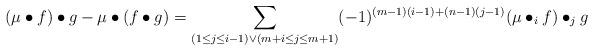
LaTeX: \begin{align*}(\mu \bullet f) \bullet g - \mu \bullet ( f \bullet g ) = \sum_{(1 \leq j \leq i-1 )\vee( m + i \leq j \leq m + 1)} (-1)^{(m-1)(i-1)+(n-1)(j-1)}(\mu \bullet_i f) \bullet_j g\end{align*}